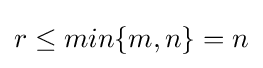
r\leq min\{m,n\}=n